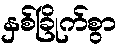
နှစ်ခြိုက်စွာ